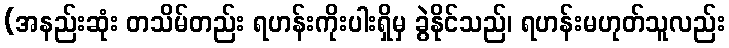
(အနည်းဆုံး တသိမ်တည်း ရဟန်းကိုးပါးရှိမှ ခွဲနိုင်သည်၊ ရဟန်းမဟုတ်သူလည်း